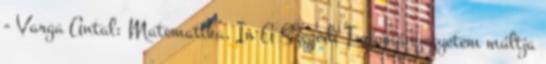
- Varga Antal: Matematika. In A Szegedi Tudományegyetem múltja